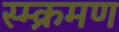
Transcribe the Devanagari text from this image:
स्म्क्रमण